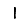
Digit: 1